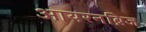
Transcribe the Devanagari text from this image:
आयरनब्रिज